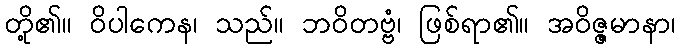
တို့၏။ ဝိပါကေန၊ သည်။ ဘဝိတဗ္ဗံ၊ ဖြစ်ရာ၏။ အဝိဇ္ဇမာနာ၊